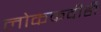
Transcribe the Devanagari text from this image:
लोककवीही